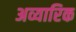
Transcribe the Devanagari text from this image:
अव्यारिक